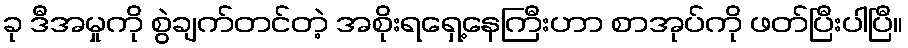
ခု ဒီအမှုကို စွဲချက်တင်တဲ့ အစိုးရရှေ့နေကြီးဟာ စာအုပ်ကို ဖတ်ပြီးပါပြီ။